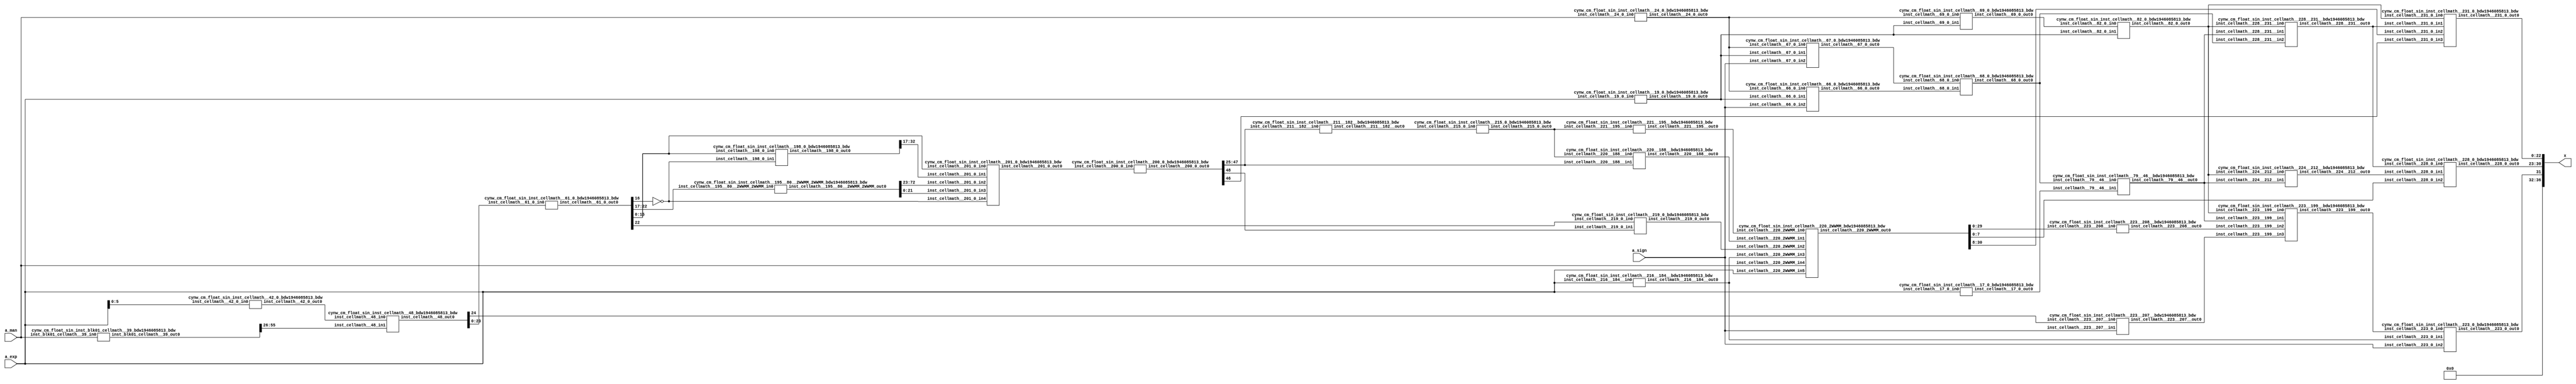
/*****************************************************************************
    Verilog Hierarchical RTL Description
    
    
    Created by: CellMath Designer 2019.1.01 
*******************************************************************************/

module DFT_compute_cynw_cm_float_sin_E8_M23_0 (
	a_sign,
	a_exp,
	a_man,
	x
	); /* architecture "behavioural" */ 
input  a_sign;
input [7:0] a_exp;
input [22:0] a_man;
output [36:0] x;
wire  inst_cellmath__17,
	inst_cellmath__19,
	inst_cellmath__24;
wire [8:0] inst_cellmath__42;
wire [22:0] inst_cellmath__61;
wire  inst_cellmath__66,
	inst_cellmath__67,
	inst_cellmath__68,
	inst_cellmath__69,
	inst_cellmath__82;
wire [0:0] inst_cellmath__115__W1;
wire [29:0] inst_cellmath__195;
wire [20:0] inst_cellmath__197;
wire [32:0] inst_cellmath__198;
wire [49:0] inst_cellmath__200,
	inst_cellmath__201;
wire [30:0] inst_cellmath__210;
wire [4:0] inst_cellmath__215;
wire  inst_cellmath__219,
	inst_cellmath__223;
wire [7:0] inst_cellmath__228;
wire [22:0] inst_cellmath__231;
wire [31:0] inst_cellmath__237;
wire [0:0] inst_cellmath__79__46;
wire [20:0] inst_cellmath__197__131;
wire [31:0] inst_cellmath__211__183;
wire [5:0] inst_cellmath__211__182;
wire [0:0] inst_cellmath__216__184;
wire [53:0] inst_cellmath__220__188;
wire [6:0] inst_cellmath__221__195;
wire [0:0] inst_cellmath__223__207,
	inst_cellmath__223__208,
	inst_cellmath__223__199,
	inst_cellmath__224__212,
	inst_cellmath__228__231;
wire [55:0] inst_blk01_cellmath__39_56_0_;
wire [1:0] inst_cellmath__216_0;
wire [30:0] inst_cellmath__220_22_0_,
	inst_cellmath__220_22_0__0,
	inst_cellmath__220_22_0__1;
wire [29:0] inst_cellmath__48_32_0_;
wire [1:0] inst_cellmath__231__242_0_0_0;
wire [72:0] inst_cellmath__195__80_0_0;
wire [23:0] inst_blk01_cellmath__39__12_10_0,
	inst_blk01_cellmath__39__12_10_1,
	inst_blk01_cellmath__39__12_10_2,
	inst_blk01_cellmath__39__12_10_3,
	inst_blk01_cellmath__39__12_10_4,
	inst_blk01_cellmath__39__12_10_5,
	inst_blk01_cellmath__39__12_10_6,
	inst_blk01_cellmath__39__12_10_7,
	inst_blk01_cellmath__39__12_10_8,
	inst_blk01_cellmath__39__12_10_9,
	inst_blk01_cellmath__39__12_10_10;
wire [16:0] inst_cellmath__113_0_0,
	inst_cellmath__113_0_1;
wire [1:0] inst_cellmath__116__W1_0_0_1_0,
	inst_cellmath__116__W1_0_0_1_1;

assign x[32] = 1'B0;

assign inst_blk01_cellmath__39__12_10_0 = {1'B1,a_man};

assign inst_blk01_cellmath__39__12_10_1 = {1'B1,a_man};

assign inst_blk01_cellmath__39__12_10_2 = {1'B1,a_man};

assign inst_blk01_cellmath__39__12_10_3 = {1'B1,a_man};

assign inst_blk01_cellmath__39__12_10_4 = {1'B1,a_man};

assign inst_blk01_cellmath__39__12_10_5 = {1'B1,a_man};

assign inst_blk01_cellmath__39__12_10_6 = {1'B1,a_man};

assign inst_blk01_cellmath__39__12_10_7 = {1'B1,a_man};

assign inst_blk01_cellmath__39__12_10_8 = {1'B1,a_man};

assign inst_blk01_cellmath__39__12_10_9 = {1'B1,a_man};

assign inst_blk01_cellmath__39__12_10_10 = {1'B1,a_man};
cynw_cm_float_sin_inst_blk01_cellmath__39_bdw1946085813_bdw inst_blk01_cellmath__39_0(
	.inst_blk01_cellmath__39_out0(inst_blk01_cellmath__39_56_0_),
	.inst_blk01_cellmath__39_in0(a_man)
	) ;
cynw_cm_float_sin_inst_cellmath__42_0_bdw1946085813_bdw inst_cellmath__42_0_0(
	.inst_cellmath__42_0_out0(inst_cellmath__42[5:0]),
	.inst_cellmath__42_0_in0(a_exp[5:0])
	) ;
cynw_cm_float_sin_inst_cellmath__48_bdw1946085813_bdw inst_cellmath__48_0(
	.inst_cellmath__48_out0(inst_cellmath__48_32_0_[24:0]),
	.inst_cellmath__48_in0(inst_cellmath__42[5:0]),
	.inst_cellmath__48_in1(inst_blk01_cellmath__39_56_0_[55:26])
	) ;
cynw_cm_float_sin_inst_cellmath__61_0_bdw1946085813_bdw inst_cellmath__61_0_0(
	.inst_cellmath__61_0_out0(inst_cellmath__61),
	.inst_cellmath__61_0_in0(inst_cellmath__48_32_0_[23:0])
	) ;

assign inst_cellmath__115__W1 = ~inst_cellmath__61[16];

assign inst_cellmath__116__W1_0_0_1_0 = {inst_cellmath__115__W1,inst_cellmath__61[15]};

assign inst_cellmath__116__W1_0_0_1_1 = {inst_cellmath__115__W1,inst_cellmath__61[15]};

assign inst_cellmath__113_0_0 = {inst_cellmath__116__W1_0_0_1_1,inst_cellmath__61[14:0]};

assign inst_cellmath__113_0_1 = {inst_cellmath__116__W1_0_0_1_0,inst_cellmath__61[14:0]};
cynw_cm_float_sin_inst_cellmath__195__80__2WWMM_2WWMM_bdw1946085813_bdw inst_cellmath__195__80__2WWMM_2WWMM_0(
	.inst_cellmath__195__80__2WWMM_2WWMM_out0(inst_cellmath__195__80_0_0),
	.inst_cellmath__195__80__2WWMM_2WWMM_in0(inst_cellmath__61[22:17])
	) ;

assign inst_cellmath__195[29:4] = inst_cellmath__195__80_0_0[72:47];

assign inst_cellmath__195[3:0] = inst_cellmath__195__80_0_0[46:43];

assign inst_cellmath__197__131[20] = 1'B1;

assign inst_cellmath__197[2:0] = inst_cellmath__195__80_0_0[25:23];

assign inst_cellmath__197__131[19:0] = inst_cellmath__195__80_0_0[42:23];

assign inst_cellmath__197[20:18] = inst_cellmath__197__131[20:18];

assign inst_cellmath__197[17:3] = inst_cellmath__195__80_0_0[40:26];
cynw_cm_float_sin_inst_cellmath__198_0_bdw1946085813_bdw inst_cellmath__198_0_0(
	.inst_cellmath__198_0_out0(inst_cellmath__198),
	.inst_cellmath__198_0_in0(inst_cellmath__61[15:0]),
	.inst_cellmath__198_0_in1(inst_cellmath__115__W1)
	) ;
cynw_cm_float_sin_inst_cellmath__201_0_bdw1946085813_bdw inst_cellmath__201_0_0(
	.inst_cellmath__201_0_out0(inst_cellmath__201),
	.inst_cellmath__201_0_in0(inst_cellmath__61[15:0]),
	.inst_cellmath__201_0_in1(inst_cellmath__198[32:17]),
	.inst_cellmath__201_0_in2(inst_cellmath__195__80_0_0[72:23]),
	.inst_cellmath__201_0_in3(inst_cellmath__195__80_0_0[21:0]),
	.inst_cellmath__201_0_in4(inst_cellmath__115__W1)
	) ;
cynw_cm_float_sin_inst_cellmath__200_0_bdw1946085813_bdw inst_cellmath__200_0_0(
	.inst_cellmath__200_0_out0(inst_cellmath__200[48:0]),
	.inst_cellmath__200_0_in0(inst_cellmath__201)
	) ;

assign inst_cellmath__210 = {{8{1'B0}}, inst_cellmath__200[47:25]};
cynw_cm_float_sin_inst_cellmath__19_0_bdw1946085813_bdw inst_cellmath__19_0_0(
	.inst_cellmath__19_0_out0(inst_cellmath__19),
	.inst_cellmath__19_0_in0(a_exp)
	) ;
cynw_cm_float_sin_inst_cellmath__24_0_bdw1946085813_bdw inst_cellmath__24_0_0(
	.inst_cellmath__24_0_out0(inst_cellmath__24),
	.inst_cellmath__24_0_in0(a_man)
	) ;
cynw_cm_float_sin_inst_cellmath__66_0_bdw1946085813_bdw inst_cellmath__66_0_0(
	.inst_cellmath__66_0_out0(inst_cellmath__66),
	.inst_cellmath__66_0_in0(inst_cellmath__24),
	.inst_cellmath__66_0_in1(inst_cellmath__19),
	.inst_cellmath__66_0_in2(a_sign)
	) ;
cynw_cm_float_sin_inst_cellmath__67_0_bdw1946085813_bdw inst_cellmath__67_0_0(
	.inst_cellmath__67_0_out0(inst_cellmath__67),
	.inst_cellmath__67_0_in0(inst_cellmath__24),
	.inst_cellmath__67_0_in1(inst_cellmath__19),
	.inst_cellmath__67_0_in2(a_sign)
	) ;
cynw_cm_float_sin_inst_cellmath__68_0_bdw1946085813_bdw inst_cellmath__68_0_0(
	.inst_cellmath__68_0_out0(inst_cellmath__68),
	.inst_cellmath__68_0_in0(inst_cellmath__67),
	.inst_cellmath__68_0_in1(inst_cellmath__66)
	) ;
cynw_cm_float_sin_inst_cellmath__69_0_bdw1946085813_bdw inst_cellmath__69_0_0(
	.inst_cellmath__69_0_out0(inst_cellmath__69),
	.inst_cellmath__69_0_in0(inst_cellmath__24),
	.inst_cellmath__69_0_in1(inst_cellmath__19)
	) ;
cynw_cm_float_sin_inst_cellmath__82_0_bdw1946085813_bdw inst_cellmath__82_0_0(
	.inst_cellmath__82_0_out0(inst_cellmath__82),
	.inst_cellmath__82_0_in0(inst_cellmath__69),
	.inst_cellmath__82_0_in1(inst_cellmath__19)
	) ;
cynw_cm_float_sin_inst_cellmath__17_0_bdw1946085813_bdw inst_cellmath__17_0_0(
	.inst_cellmath__17_0_out0(inst_cellmath__17),
	.inst_cellmath__17_0_in0(a_exp)
	) ;
cynw_cm_float_sin_inst_cellmath__79__46__bdw1946085813_bdw inst_cellmath__79__46__0(
	.inst_cellmath__79__46__out0(inst_cellmath__79__46),
	.inst_cellmath__79__46__in0(inst_cellmath__68),
	.inst_cellmath__79__46__in1(inst_cellmath__17)
	) ;
cynw_cm_float_sin_inst_cellmath__228__231__bdw1946085813_bdw inst_cellmath__228__231__0(
	.inst_cellmath__228__231__out0(inst_cellmath__228__231),
	.inst_cellmath__228__231__in0(inst_cellmath__82),
	.inst_cellmath__228__231__in1(inst_cellmath__79__46),
	.inst_cellmath__228__231__in2(inst_cellmath__68)
	) ;

assign inst_cellmath__231__242_0_0_0 = {inst_cellmath__228__231,inst_cellmath__200[46]};
cynw_cm_float_sin_inst_cellmath__216__184__bdw1946085813_bdw inst_cellmath__216__184__0(
	.inst_cellmath__216__184__out0(inst_cellmath__216__184),
	.inst_cellmath__216__184__in0(a_exp)
	) ;
cynw_cm_float_sin_inst_cellmath__219_0_bdw1946085813_bdw inst_cellmath__219_0_0(
	.inst_cellmath__219_0_out0(inst_cellmath__219),
	.inst_cellmath__219_0_in0(inst_cellmath__61[22]),
	.inst_cellmath__219_0_in1(inst_cellmath__200[48])
	) ;

assign inst_cellmath__216_0 = {inst_cellmath__216__184,inst_cellmath__219};

assign inst_cellmath__211__183 = {inst_cellmath__210,1'B1};
cynw_cm_float_sin_inst_cellmath__211__182__bdw1946085813_bdw inst_cellmath__211__182__0(
	.inst_cellmath__211__182__out0(inst_cellmath__211__182[4:0]),
	.inst_cellmath__211__182__in0(inst_cellmath__200[47:25])
	) ;
cynw_cm_float_sin_inst_cellmath__215_0_bdw1946085813_bdw inst_cellmath__215_0_0(
	.inst_cellmath__215_0_out0(inst_cellmath__215),
	.inst_cellmath__215_0_in0(inst_cellmath__211__182[4:0])
	) ;
cynw_cm_float_sin_inst_cellmath__220__188__bdw1946085813_bdw inst_cellmath__220__188__0(
	.inst_cellmath__220__188__out0(inst_cellmath__220__188[22:0]),
	.inst_cellmath__220__188__in0(inst_cellmath__215),
	.inst_cellmath__220__188__in1(inst_cellmath__200[47:25])
	) ;
cynw_cm_float_sin_inst_cellmath__221__195__bdw1946085813_bdw inst_cellmath__221__195__0(
	.inst_cellmath__221__195__out0(inst_cellmath__221__195),
	.inst_cellmath__221__195__in0(inst_cellmath__215)
	) ;

assign inst_cellmath__220_22_0__0 = {inst_cellmath__220__188[22:0],1'B0,inst_cellmath__221__195};

assign inst_cellmath__220_22_0__1 = {a_man,a_exp};
cynw_cm_float_sin_inst_cellmath__220_2WWMM_bdw1946085813_bdw inst_cellmath__220_2WWMM_0(
	.inst_cellmath__220_2WWMM_out0(inst_cellmath__220_22_0_),
	.inst_cellmath__220_2WWMM_in0(inst_cellmath__221__195),
	.inst_cellmath__220_2WWMM_in1(inst_cellmath__220__188[22:0]),
	.inst_cellmath__220_2WWMM_in2(inst_cellmath__219),
	.inst_cellmath__220_2WWMM_in3(inst_cellmath__216__184),
	.inst_cellmath__220_2WWMM_in4(a_man),
	.inst_cellmath__220_2WWMM_in5(a_exp)
	) ;
cynw_cm_float_sin_inst_cellmath__223__208__bdw1946085813_bdw inst_cellmath__223__208__0(
	.inst_cellmath__223__208__out0(inst_cellmath__223__208),
	.inst_cellmath__223__208__in0(inst_cellmath__220_22_0_[29:0])
	) ;
cynw_cm_float_sin_inst_cellmath__223__207__bdw1946085813_bdw inst_cellmath__223__207__0(
	.inst_cellmath__223__207__out0(inst_cellmath__223__207),
	.inst_cellmath__223__207__in0(inst_cellmath__48_32_0_[24]),
	.inst_cellmath__223__207__in1(a_sign)
	) ;
cynw_cm_float_sin_inst_cellmath__223__199__bdw1946085813_bdw inst_cellmath__223__199__0(
	.inst_cellmath__223__199__out0(inst_cellmath__223__199),
	.inst_cellmath__223__199__in0(inst_cellmath__82),
	.inst_cellmath__223__199__in1(inst_cellmath__79__46),
	.inst_cellmath__223__199__in2(inst_cellmath__223__208),
	.inst_cellmath__223__199__in3(inst_cellmath__223__207)
	) ;
cynw_cm_float_sin_inst_cellmath__223_0_bdw1946085813_bdw inst_cellmath__223_0_0(
	.inst_cellmath__223_0_out0(inst_cellmath__223),
	.inst_cellmath__223_0_in0(inst_cellmath__223__199),
	.inst_cellmath__223_0_in1(inst_cellmath__216__184),
	.inst_cellmath__223_0_in2(a_sign)
	) ;
cynw_cm_float_sin_inst_cellmath__224__212__bdw1946085813_bdw inst_cellmath__224__212__0(
	.inst_cellmath__224__212__out0(inst_cellmath__224__212),
	.inst_cellmath__224__212__in0(inst_cellmath__82),
	.inst_cellmath__224__212__in1(inst_cellmath__79__46)
	) ;
cynw_cm_float_sin_inst_cellmath__228_0_bdw1946085813_bdw inst_cellmath__228_0_0(
	.inst_cellmath__228_0_out0(inst_cellmath__228),
	.inst_cellmath__228_0_in0(inst_cellmath__228__231),
	.inst_cellmath__228_0_in1(inst_cellmath__224__212),
	.inst_cellmath__228_0_in2(inst_cellmath__220_22_0_[7:0])
	) ;
cynw_cm_float_sin_inst_cellmath__231_0_bdw1946085813_bdw inst_cellmath__231_0_0(
	.inst_cellmath__231_0_out0(inst_cellmath__231),
	.inst_cellmath__231_0_in0(inst_cellmath__82),
	.inst_cellmath__231_0_in1(inst_cellmath__228__231),
	.inst_cellmath__231_0_in2(inst_cellmath__220_22_0_[30:8]),
	.inst_cellmath__231_0_in3(inst_cellmath__200[46])
	) ;

assign inst_cellmath__237 = {inst_cellmath__223,inst_cellmath__228,inst_cellmath__231};

assign x[31:0] = inst_cellmath__237;

assign x[36:33] = 4'B0000;
endmodule

module cynw_cm_float_sin_inst_blk01_cellmath__39_bdw1946085813_bdw (
	inst_blk01_cellmath__39_out0,
	inst_blk01_cellmath__39_in0
	); /* architecture "behavioural" */ 
output [55:0] inst_blk01_cellmath__39_out0;
input [22:0] inst_blk01_cellmath__39_in0;
wire [23:0] inst_blk01_cellmath__39__12_10_9,
	inst_blk01_cellmath__39__12_10_8,
	inst_blk01_cellmath__39__12_10_7,
	inst_blk01_cellmath__39__12_10_6,
	inst_blk01_cellmath__39__12_10_5,
	inst_blk01_cellmath__39__12_10_4,
	inst_blk01_cellmath__39__12_10_3,
	inst_blk01_cellmath__39__12_10_2,
	inst_blk01_cellmath__39__12_10_1,
	inst_blk01_cellmath__39__12_10_0,
	inst_blk01_cellmath__39__12_10_10;

assign inst_blk01_cellmath__39__12_10_9 = {1'B1,inst_blk01_cellmath__39_in0};

assign inst_blk01_cellmath__39__12_10_8 = {1'B1,inst_blk01_cellmath__39_in0};

assign inst_blk01_cellmath__39__12_10_7 = {1'B1,inst_blk01_cellmath__39_in0};

assign inst_blk01_cellmath__39__12_10_6 = {1'B1,inst_blk01_cellmath__39_in0};

assign inst_blk01_cellmath__39__12_10_5 = {1'B1,inst_blk01_cellmath__39_in0};

assign inst_blk01_cellmath__39__12_10_4 = {1'B1,inst_blk01_cellmath__39_in0};

assign inst_blk01_cellmath__39__12_10_3 = {1'B1,inst_blk01_cellmath__39_in0};

assign inst_blk01_cellmath__39__12_10_2 = {1'B1,inst_blk01_cellmath__39_in0};

assign inst_blk01_cellmath__39__12_10_1 = {1'B1,inst_blk01_cellmath__39_in0};

assign inst_blk01_cellmath__39__12_10_0 = {1'B1,inst_blk01_cellmath__39_in0};

assign inst_blk01_cellmath__39__12_10_10 = {1'B1,inst_blk01_cellmath__39_in0};

assign inst_blk01_cellmath__39_out0 = 
	-((inst_blk01_cellmath__39__12_10_9<<1))
	-((inst_blk01_cellmath__39__12_10_8<<4))
	-((inst_blk01_cellmath__39__12_10_7<<7))
	+((inst_blk01_cellmath__39__12_10_6<<10))
	-((inst_blk01_cellmath__39__12_10_5<<15))
	+((inst_blk01_cellmath__39__12_10_4<<17))
	-((inst_blk01_cellmath__39__12_10_3<<19))
	-((inst_blk01_cellmath__39__12_10_2<<24))
	+((inst_blk01_cellmath__39__12_10_1<<26))
	+((inst_blk01_cellmath__39__12_10_0<<29))
	+((inst_blk01_cellmath__39__12_10_10<<31));
endmodule

module cynw_cm_float_sin_inst_cellmath__42_0_bdw1946085813_bdw (
	inst_cellmath__42_0_out0,
	inst_cellmath__42_0_in0
	); /* architecture "behavioural" */ 
output [5:0] inst_cellmath__42_0_out0;
input [5:0] inst_cellmath__42_0_in0;

assign inst_cellmath__42_0_out0 = 
	-(inst_cellmath__42_0_in0)
	+(6'B000101);
endmodule

module cynw_cm_float_sin_inst_cellmath__48_bdw1946085813_bdw (
	inst_cellmath__48_out0,
	inst_cellmath__48_in0,
	inst_cellmath__48_in1
	); /* architecture "behavioural" */ 
output [24:0] inst_cellmath__48_out0;
input [5:0] inst_cellmath__48_in0;
input [55:26] inst_cellmath__48_in1;

assign inst_cellmath__48_out0 = inst_cellmath__48_in1 >> inst_cellmath__48_in0;
endmodule

module cynw_cm_float_sin_inst_cellmath__61_0_bdw1946085813_bdw (
	inst_cellmath__61_0_out0,
	inst_cellmath__61_0_in0
	); /* architecture "behavioural" */ 
output [22:0] inst_cellmath__61_0_out0;
input [23:0] inst_cellmath__61_0_in0;

reg [22:0] inst_cellmath__61_0_out0_tmp_0;
assign inst_cellmath__61_0_out0 = inst_cellmath__61_0_out0_tmp_0;
always @ (inst_cellmath__61_0_in0[23] or inst_cellmath__61_0_in0[22:0]) begin
	case (inst_cellmath__61_0_in0[23])
		1'B0 : inst_cellmath__61_0_out0_tmp_0 = inst_cellmath__61_0_in0[22:0] ;
		default : inst_cellmath__61_0_out0_tmp_0 = ~inst_cellmath__61_0_in0[22:0] ;
	endcase
end
endmodule

module cynw_cm_float_sin_inst_cellmath__195__80__2WWMM_2WWMM_bdw1946085813_bdw (
	inst_cellmath__195__80__2WWMM_2WWMM_out0,
	inst_cellmath__195__80__2WWMM_2WWMM_in0
	); /* architecture "behavioural" */ 
output [72:0] inst_cellmath__195__80__2WWMM_2WWMM_out0;
input [22:17] inst_cellmath__195__80__2WWMM_2WWMM_in0;

reg [72:0] inst_cellmath__195__80__2WWMM_2WWMM_out0_tmp_0;
assign inst_cellmath__195__80__2WWMM_2WWMM_out0 = inst_cellmath__195__80__2WWMM_2WWMM_out0_tmp_0;
always @ (inst_cellmath__195__80__2WWMM_2WWMM_in0) begin
	case (inst_cellmath__195__80__2WWMM_2WWMM_in0)
		6'B000000 : inst_cellmath__195__80__2WWMM_2WWMM_out0_tmp_0 = 73'B0000001100100100001110100100001111111000010000000001100100100001011000001 ;
		6'B000001 : inst_cellmath__195__80__2WWMM_2WWMM_out0_tmp_0 = 73'B0000100101101100001100101011111111101000110000001001100100011101100000000 ;
		6'B000010 : inst_cellmath__195__80__2WWMM_2WWMM_out0_tmp_0 = 73'B0000111110110010101101110011111111011001010001001001100100010101110000001 ;
		6'B000011 : inst_cellmath__195__80__2WWMM_2WWMM_out0_tmp_0 = 73'B0001010111110110110100000000111111001001110011101001100100001010001000110 ;
		6'B000100 : inst_cellmath__195__80__2WWMM_2WWMM_out0_tmp_0 = 73'B0001110000110111100001011100101110111010011000010001100011111010101010001 ;
		6'B000101 : inst_cellmath__195__80__2WWMM_2WWMM_out0_tmp_0 = 73'B0010001001110011111000011001111110101010111111100001100011100111010101001 ;
		6'B000110 : inst_cellmath__195__80__2WWMM_2WWMM_out0_tmp_0 = 73'B0010100010101010111011010110011110011011101010000101100011010000001010010 ;
		6'B000111 : inst_cellmath__195__80__2WWMM_2WWMM_out0_tmp_0 = 73'B0010111011011011101100111011111110001100011000100001100010110101001010100 ;
		6'B001000 : inst_cellmath__195__80__2WWMM_2WWMM_out0_tmp_0 = 73'B0011010100000101010000000100111101111101001011011001100010010110010110111 ;
		6'B001001 : inst_cellmath__195__80__2WWMM_2WWMM_out0_tmp_0 = 73'B0011101100100110100111111100111101101110000011010101100001110011110000101 ;
		6'B001010 : inst_cellmath__195__80__2WWMM_2WWMM_out0_tmp_0 = 73'B0100000100111110111000000011101101011111000000111001100001001101011001001 ;
		6'B001011 : inst_cellmath__195__80__2WWMM_2WWMM_out0_tmp_0 = 73'B0100011101001101000100001111111101010000000100101001100000100011010001101 ;
		6'B001100 : inst_cellmath__195__80__2WWMM_2WWMM_out0_tmp_0 = 73'B0100110101010000010000110000111101000001001111001101011111110101011100000 ;
		6'B001101 : inst_cellmath__195__80__2WWMM_2WWMM_out0_tmp_0 = 73'B0101001101000111100010010000101100110010100001001001011111000011111010000 ;
		6'B001110 : inst_cellmath__195__80__2WWMM_2WWMM_out0_tmp_0 = 73'B0101100100110001111101110111011100100011111010111101011110001110101101011 ;
		6'B001111 : inst_cellmath__195__80__2WWMM_2WWMM_out0_tmp_0 = 73'B0101111100001110101001001100011100010101011101010001011101010101111000010 ;
		6'B010000 : inst_cellmath__195__80__2WWMM_2WWMM_out0_tmp_0 = 73'B0110010011011100101010011001001100000111001000100101011100011001011100111 ;
		6'B010001 : inst_cellmath__195__80__2WWMM_2WWMM_out0_tmp_0 = 73'B0110101010011011001000001010111011111000111101100001011011011001011101100 ;
		6'B010010 : inst_cellmath__195__80__2WWMM_2WWMM_out0_tmp_0 = 73'B0111000001001001001001110110001011101010111100101001011010010101111100100 ;
		6'B010011 : inst_cellmath__195__80__2WWMM_2WWMM_out0_tmp_0 = 73'B0111010111100101110111010111001011011101000110011001011001001110111100110 ;
		6'B010100 : inst_cellmath__195__80__2WWMM_2WWMM_out0_tmp_0 = 73'B0111101101110000011001010100111011001111011011011001011000000100100000111 ;
		6'B010101 : inst_cellmath__195__80__2WWMM_2WWMM_out0_tmp_0 = 73'B1000000011100111111001000011111011000001111100000101010110110110101011101 ;
		6'B010110 : inst_cellmath__195__80__2WWMM_2WWMM_out0_tmp_0 = 73'B1000011001001011100000100110111010110100101001000101010101100101100000000 ;
		6'B010111 : inst_cellmath__195__80__2WWMM_2WWMM_out0_tmp_0 = 73'B1000101110011010011010110010001010100111100010110101010100010001000001011 ;
		6'B011000 : inst_cellmath__195__80__2WWMM_2WWMM_out0_tmp_0 = 73'B1001000011010011110011001100101010011010101001111001010010111001010010110 ;
		6'B011001 : inst_cellmath__195__80__2WWMM_2WWMM_out0_tmp_0 = 73'B1001010111110110110110010011001010001101111110101101010001011110010111101 ;
		6'B011010 : inst_cellmath__195__80__2WWMM_2WWMM_out0_tmp_0 = 73'B1001101100000010110001011000101010000001100001110001010000000000010011100 ;
		6'B011011 : inst_cellmath__195__80__2WWMM_2WWMM_out0_tmp_0 = 73'B1001111111110110110010101001111001110101010011100101001110011111001001111 ;
		6'B011100 : inst_cellmath__195__80__2WWMM_2WWMM_out0_tmp_0 = 73'B1010010011010010001001001101111001101001010100100101001100111010111110110 ;
		6'B011101 : inst_cellmath__195__80__2WWMM_2WWMM_out0_tmp_0 = 73'B1010100110010100000101001001011001011101100101010101001011010011110101110 ;
		6'B011110 : inst_cellmath__195__80__2WWMM_2WWMM_out0_tmp_0 = 73'B1010111000111011110111011111011001010010000110001001001001101001110010111 ;
		6'B011111 : inst_cellmath__195__80__2WWMM_2WWMM_out0_tmp_0 = 73'B1011001011001000110010010011001001000110110111100101000111111100111010011 ;
		6'B100000 : inst_cellmath__195__80__2WWMM_2WWMM_out0_tmp_0 = 73'B1011011100111010001000101010101000111011111010000001000110001101010000011 ;
		6'B100001 : inst_cellmath__195__80__2WWMM_2WWMM_out0_tmp_0 = 73'B1011101110001111001110101111101000110001001101111001000100011010111001001 ;
		6'B100010 : inst_cellmath__195__80__2WWMM_2WWMM_out0_tmp_0 = 73'B1011111111000111011001110001111000100110110011100101000010100101111001000 ;
		6'B100011 : inst_cellmath__195__80__2WWMM_2WWMM_out0_tmp_0 = 73'B1100001111100010000000000111111000011100101011100001000000101110010100101 ;
		6'B100100 : inst_cellmath__195__80__2WWMM_2WWMM_out0_tmp_0 = 73'B1100011111011110011001010010001000010010110110000100111110110100010000101 ;
		6'B100101 : inst_cellmath__195__80__2WWMM_2WWMM_out0_tmp_0 = 73'B1100101110111011111101111010101000001001010011101000111100110111110001100 ;
		6'B100110 : inst_cellmath__195__80__2WWMM_2WWMM_out0_tmp_0 = 73'B1100111101111010000111110111101000000000000100101000111010111000111100010 ;
		6'B100111 : inst_cellmath__195__80__2WWMM_2WWMM_out0_tmp_0 = 73'B1101001100011000010010001101100111110111001001010100111000110111110101110 ;
		6'B101000 : inst_cellmath__195__80__2WWMM_2WWMM_out0_tmp_0 = 73'B1101011010010101111001001111000111101110100010000100110110110100100010111 ;
		6'B101001 : inst_cellmath__195__80__2WWMM_2WWMM_out0_tmp_0 = 73'B1101100111110010011010011111100111100110001111010000110100101111001000110 ;
		6'B101010 : inst_cellmath__195__80__2WWMM_2WWMM_out0_tmp_0 = 73'B1101110100101101010100110011100111011110010001001100110010100111101100100 ;
		6'B101011 : inst_cellmath__195__80__2WWMM_2WWMM_out0_tmp_0 = 73'B1110000001000110001000010011010111010110101000001000110000011110010011011 ;
		6'B101100 : inst_cellmath__195__80__2WWMM_2WWMM_out0_tmp_0 = 73'B1110001100111100010110011010010111001111010100011100101110010011000010101 ;
		6'B101101 : inst_cellmath__195__80__2WWMM_2WWMM_out0_tmp_0 = 73'B1110011000001111100001111010000111001000010110010100101100000101111111110 ;
		6'B101110 : inst_cellmath__195__80__2WWMM_2WWMM_out0_tmp_0 = 73'B1110100010111111001110111010000111000001101110001000101001110111010000000 ;
		6'B101111 : inst_cellmath__195__80__2WWMM_2WWMM_out0_tmp_0 = 73'B1110101101001011000010111010000110111011011100000100100111100110111001000 ;
		6'B110000 : inst_cellmath__195__80__2WWMM_2WWMM_out0_tmp_0 = 73'B1110110110110010100100110001000110110101100000011000100101010101000000010 ;
		6'B110001 : inst_cellmath__195__80__2WWMM_2WWMM_out0_tmp_0 = 73'B1110111111110101011100110001000110101111111011010100100011000001101011011 ;
		6'B110010 : inst_cellmath__195__80__2WWMM_2WWMM_out0_tmp_0 = 73'B1111001000010011010100100101100110101010101101000100100000101101000000001 ;
		6'B110011 : inst_cellmath__195__80__2WWMM_2WWMM_out0_tmp_0 = 73'B1111010000001011110111010101110110100101110101110100011110010111000100001 ;
		6'B110100 : inst_cellmath__195__80__2WWMM_2WWMM_out0_tmp_0 = 73'B1111010111011110110001100100100110100001010101110100011011111111111101010 ;
		6'B110101 : inst_cellmath__195__80__2WWMM_2WWMM_out0_tmp_0 = 73'B1111011110001011110001010010000110011101001101001100011001100111110001010 ;
		6'B110110 : inst_cellmath__195__80__2WWMM_2WWMM_out0_tmp_0 = 73'B1111100100010010100101111011110110011001011100000100010111001110100110001 ;
		6'B110111 : inst_cellmath__195__80__2WWMM_2WWMM_out0_tmp_0 = 73'B1111101001110011000000011101100110010110000010101100010100110100100001101 ;
		6'B111000 : inst_cellmath__195__80__2WWMM_2WWMM_out0_tmp_0 = 73'B1111101110101100110011010001110110010011000001001000010010011001101001110 ;
		6'B111001 : inst_cellmath__195__80__2WWMM_2WWMM_out0_tmp_0 = 73'B1111110010111111110010010010100110010000010111100000001111111110000100100 ;
		6'B111010 : inst_cellmath__195__80__2WWMM_2WWMM_out0_tmp_0 = 73'B1111110110101011110010111000110110001110000101111100001101100001110111111 ;
		6'B111011 : inst_cellmath__195__80__2WWMM_2WWMM_out0_tmp_0 = 73'B1111111001110000101011111110110110001100001100100000001011000101001001111 ;
		6'B111100 : inst_cellmath__195__80__2WWMM_2WWMM_out0_tmp_0 = 73'B1111111100001110010101111110010110001010101011010000001000101000000000100 ;
		6'B111101 : inst_cellmath__195__80__2WWMM_2WWMM_out0_tmp_0 = 73'B1111111110000100101010110010110110001001100010010000000110001010100001111 ;
		6'B111110 : inst_cellmath__195__80__2WWMM_2WWMM_out0_tmp_0 = 73'B1111111111010011100101111000000110001000110001100100000011101100110100000 ;
		default : inst_cellmath__195__80__2WWMM_2WWMM_out0_tmp_0 = 73'B1111111111111011000100001011010110001000011001001100000001001110111101000 ;
	endcase
end
endmodule

module cynw_cm_float_sin_inst_cellmath__198_0_bdw1946085813_bdw (
	inst_cellmath__198_0_out0,
	inst_cellmath__198_0_in0,
	inst_cellmath__198_0_in1
	); /* architecture "behavioural" */ 
output [32:0] inst_cellmath__198_0_out0;
input [15:0] inst_cellmath__198_0_in0;
input [0:0] inst_cellmath__198_0_in1;
wire [16:0] inst_cellmath__113_0_0;
wire [1:0] inst_cellmath__116__W1_0_0_1_1;

assign inst_cellmath__116__W1_0_0_1_1 = {inst_cellmath__198_0_in1,inst_cellmath__198_0_in0[15]};

assign inst_cellmath__113_0_0 = {inst_cellmath__116__W1_0_0_1_1,inst_cellmath__198_0_in0[14:0]};

assign inst_cellmath__198_0_out0 = 
	+(
		 (({1{inst_cellmath__113_0_0[16]}}&{1'B1}) << 32)
		+(({3{inst_cellmath__113_0_0[15]}}&{inst_cellmath__113_0_0[16],1'B0,1'B1}) << 30)
		+(({5{inst_cellmath__113_0_0[14]}}&{{{1{inst_cellmath__113_0_0[16]}}, inst_cellmath__113_0_0[16:15]},1'B0,1'B1}) << 28)
		+(({7{inst_cellmath__113_0_0[13]}}&{{{2{inst_cellmath__113_0_0[16]}}, inst_cellmath__113_0_0[16:14]},1'B0,1'B1}) << 26)
		+(({9{inst_cellmath__113_0_0[12]}}&{{{3{inst_cellmath__113_0_0[16]}}, inst_cellmath__113_0_0[16:13]},1'B0,1'B1}) << 24)
		+(({11{inst_cellmath__113_0_0[11]}}&{{{4{inst_cellmath__113_0_0[16]}}, inst_cellmath__113_0_0[16:12]},1'B0,1'B1}) << 22)
		+(({13{inst_cellmath__113_0_0[10]}}&{{{5{inst_cellmath__113_0_0[16]}}, inst_cellmath__113_0_0[16:11]},1'B0,1'B1}) << 20)
		+(({15{inst_cellmath__113_0_0[9]}}&{{{6{inst_cellmath__113_0_0[16]}}, inst_cellmath__113_0_0[16:10]},1'B0,1'B1}) << 18)
		+(({17{inst_cellmath__113_0_0[8]}}&{{{7{inst_cellmath__113_0_0[16]}}, inst_cellmath__113_0_0[16:9]},1'B0,1'B1}) << 16)
		+(({19{inst_cellmath__113_0_0[7]}}&{{{8{inst_cellmath__113_0_0[16]}}, inst_cellmath__113_0_0[16:8]},1'B0,1'B1}) << 14)
		+(({21{inst_cellmath__113_0_0[6]}}&{{{9{inst_cellmath__113_0_0[16]}}, inst_cellmath__113_0_0[16:7]},1'B0,1'B1}) << 12)
		+(({23{inst_cellmath__113_0_0[5]}}&{{{10{inst_cellmath__113_0_0[16]}}, inst_cellmath__113_0_0[16:6]},1'B0,1'B1}) << 10)
		+(({25{inst_cellmath__113_0_0[4]}}&{{{11{inst_cellmath__113_0_0[16]}}, inst_cellmath__113_0_0[16:5]},1'B0,1'B1}) << 8)
		+(({27{inst_cellmath__113_0_0[3]}}&{{{12{inst_cellmath__113_0_0[16]}}, inst_cellmath__113_0_0[16:4]},1'B0,1'B1}) << 6)
		+(({29{inst_cellmath__113_0_0[2]}}&{{{13{inst_cellmath__113_0_0[16]}}, inst_cellmath__113_0_0[16:3]},1'B0,1'B1}) << 4)
		+(({31{inst_cellmath__113_0_0[1]}}&{{{14{inst_cellmath__113_0_0[16]}}, inst_cellmath__113_0_0[16:2]},1'B0,1'B1}) << 2)
		+(({33{inst_cellmath__113_0_0[0]}}&{{{15{inst_cellmath__113_0_0[16]}}, inst_cellmath__113_0_0[16:1]},1'B0,1'B1}) << 0)
	);
endmodule

module cynw_cm_float_sin_inst_cellmath__201_0_bdw1946085813_bdw (
	inst_cellmath__201_0_out0,
	inst_cellmath__201_0_in0,
	inst_cellmath__201_0_in1,
	inst_cellmath__201_0_in2,
	inst_cellmath__201_0_in3,
	inst_cellmath__201_0_in4
	); /* architecture "behavioural" */ 
output [49:0] inst_cellmath__201_0_out0;
input [15:0] inst_cellmath__201_0_in0;
input [32:17] inst_cellmath__201_0_in1;
input [72:23] inst_cellmath__201_0_in2;
input [21:0] inst_cellmath__201_0_in3;
input [0:0] inst_cellmath__201_0_in4;
wire [29:0] inst_cellmath__195;
wire [20:0] inst_cellmath__197;
wire [16:0] inst_cellmath__113_0_1;
wire [20:0] inst_cellmath__197__131;
wire [1:0] inst_cellmath__116__W1_0_0_1_0;

assign inst_cellmath__195[29:4] = inst_cellmath__201_0_in2[72:47];

assign inst_cellmath__195[3:0] = inst_cellmath__201_0_in2[46:43];

assign inst_cellmath__197[17:3] = inst_cellmath__201_0_in2[40:26];

assign inst_cellmath__197[2:0] = inst_cellmath__201_0_in2[25:23];

assign inst_cellmath__197__131[19:0] = inst_cellmath__201_0_in2[42:23];

assign inst_cellmath__197__131[20] = 1'B1;

assign inst_cellmath__197[20:18] = inst_cellmath__197__131[20:18];

assign inst_cellmath__116__W1_0_0_1_0 = {inst_cellmath__201_0_in4,inst_cellmath__201_0_in0[15]};

assign inst_cellmath__113_0_1 = {inst_cellmath__116__W1_0_0_1_0,inst_cellmath__201_0_in0[14:0]};

wire [49:0] inst_cellmath__201_0_out0_tmp_0;
wire [49:0] inst_cellmath__201_0_out0_tmp_1;
wire [49:0] inst_cellmath__201_0_out0_tmp_2;
assign inst_cellmath__201_0_out0_tmp_2 = 
	+((inst_cellmath__195<<18));
assign inst_cellmath__201_0_out0_tmp_1 = inst_cellmath__201_0_out0_tmp_2
	+({{29{inst_cellmath__197[20]}}, inst_cellmath__197} * inst_cellmath__201_0_in1);
assign inst_cellmath__201_0_out0_tmp_0 = inst_cellmath__201_0_out0_tmp_1
	+((inst_cellmath__201_0_in3 * {{33{inst_cellmath__113_0_1[16]}}, inst_cellmath__113_0_1})<<4);
assign inst_cellmath__201_0_out0 = inst_cellmath__201_0_out0_tmp_0
	+(50'B00000000000000000000000001000000000000000000000000);
endmodule

module cynw_cm_float_sin_inst_cellmath__200_0_bdw1946085813_bdw (
	inst_cellmath__200_0_out0,
	inst_cellmath__200_0_in0
	); /* architecture "behavioural" */ 
output [48:0] inst_cellmath__200_0_out0;
input [49:0] inst_cellmath__200_0_in0;

reg [48:0] inst_cellmath__200_0_out0_tmp_0;
assign inst_cellmath__200_0_out0 = inst_cellmath__200_0_out0_tmp_0;
always @ (inst_cellmath__200_0_in0[49] or inst_cellmath__200_0_in0[48:0]) begin
	case (inst_cellmath__200_0_in0[49])
		1'B0 : inst_cellmath__200_0_out0_tmp_0 = inst_cellmath__200_0_in0[48:0] ;
		default : inst_cellmath__200_0_out0_tmp_0 = {49{1'b0}} ;
	endcase
end
endmodule

module cynw_cm_float_sin_inst_cellmath__19_0_bdw1946085813_bdw (
	inst_cellmath__19_0_out0,
	inst_cellmath__19_0_in0
	); /* architecture "behavioural" */ 
output  inst_cellmath__19_0_out0;
input [7:0] inst_cellmath__19_0_in0;

assign inst_cellmath__19_0_out0 = 
	(inst_cellmath__19_0_in0[7])
	&(inst_cellmath__19_0_in0[0])
	&(inst_cellmath__19_0_in0[1])
	&(inst_cellmath__19_0_in0[2])
	&(inst_cellmath__19_0_in0[3])
	&(inst_cellmath__19_0_in0[4])
	&(inst_cellmath__19_0_in0[5])
	&(inst_cellmath__19_0_in0[6]);
endmodule

module cynw_cm_float_sin_inst_cellmath__24_0_bdw1946085813_bdw (
	inst_cellmath__24_0_out0,
	inst_cellmath__24_0_in0
	); /* architecture "behavioural" */ 
output  inst_cellmath__24_0_out0;
input [22:0] inst_cellmath__24_0_in0;

assign inst_cellmath__24_0_out0 = 
	((~inst_cellmath__24_0_in0[0]))
	&((~inst_cellmath__24_0_in0[1]))
	&((~inst_cellmath__24_0_in0[2]))
	&((~inst_cellmath__24_0_in0[3]))
	&((~inst_cellmath__24_0_in0[4]))
	&((~inst_cellmath__24_0_in0[5]))
	&((~inst_cellmath__24_0_in0[6]))
	&((~inst_cellmath__24_0_in0[7]))
	&((~inst_cellmath__24_0_in0[8]))
	&((~inst_cellmath__24_0_in0[9]))
	&((~inst_cellmath__24_0_in0[10]))
	&((~inst_cellmath__24_0_in0[11]))
	&((~inst_cellmath__24_0_in0[12]))
	&((~inst_cellmath__24_0_in0[13]))
	&((~inst_cellmath__24_0_in0[14]))
	&((~inst_cellmath__24_0_in0[15]))
	&((~inst_cellmath__24_0_in0[16]))
	&((~inst_cellmath__24_0_in0[17]))
	&((~inst_cellmath__24_0_in0[18]))
	&((~inst_cellmath__24_0_in0[19]))
	&((~inst_cellmath__24_0_in0[20]))
	&((~inst_cellmath__24_0_in0[21]))
	&((~inst_cellmath__24_0_in0[22]));
endmodule

module cynw_cm_float_sin_inst_cellmath__66_0_bdw1946085813_bdw (
	inst_cellmath__66_0_out0,
	inst_cellmath__66_0_in0,
	inst_cellmath__66_0_in1,
	inst_cellmath__66_0_in2
	); /* architecture "behavioural" */ 
output  inst_cellmath__66_0_out0;
input  inst_cellmath__66_0_in0,
	inst_cellmath__66_0_in1,
	inst_cellmath__66_0_in2;

assign inst_cellmath__66_0_out0 = 
	((~inst_cellmath__66_0_in2))
	&(inst_cellmath__66_0_in1)
	&(inst_cellmath__66_0_in0);
endmodule

module cynw_cm_float_sin_inst_cellmath__67_0_bdw1946085813_bdw (
	inst_cellmath__67_0_out0,
	inst_cellmath__67_0_in0,
	inst_cellmath__67_0_in1,
	inst_cellmath__67_0_in2
	); /* architecture "behavioural" */ 
output  inst_cellmath__67_0_out0;
input  inst_cellmath__67_0_in0,
	inst_cellmath__67_0_in1,
	inst_cellmath__67_0_in2;

assign inst_cellmath__67_0_out0 = 
	(inst_cellmath__67_0_in2)
	&(inst_cellmath__67_0_in1)
	&(inst_cellmath__67_0_in0);
endmodule

module cynw_cm_float_sin_inst_cellmath__68_0_bdw1946085813_bdw (
	inst_cellmath__68_0_out0,
	inst_cellmath__68_0_in0,
	inst_cellmath__68_0_in1
	); /* architecture "behavioural" */ 
output  inst_cellmath__68_0_out0;
input  inst_cellmath__68_0_in0,
	inst_cellmath__68_0_in1;

assign inst_cellmath__68_0_out0 = 
	(inst_cellmath__68_0_in1)
	|(inst_cellmath__68_0_in0);
endmodule

module cynw_cm_float_sin_inst_cellmath__69_0_bdw1946085813_bdw (
	inst_cellmath__69_0_out0,
	inst_cellmath__69_0_in0,
	inst_cellmath__69_0_in1
	); /* architecture "behavioural" */ 
output  inst_cellmath__69_0_out0;
input  inst_cellmath__69_0_in0,
	inst_cellmath__69_0_in1;

assign inst_cellmath__69_0_out0 = 
	(inst_cellmath__69_0_in1)
	&((~inst_cellmath__69_0_in0));
endmodule

module cynw_cm_float_sin_inst_cellmath__82_0_bdw1946085813_bdw (
	inst_cellmath__82_0_out0,
	inst_cellmath__82_0_in0,
	inst_cellmath__82_0_in1
	); /* architecture "behavioural" */ 
output  inst_cellmath__82_0_out0;
input  inst_cellmath__82_0_in0,
	inst_cellmath__82_0_in1;

assign inst_cellmath__82_0_out0 = 
	(inst_cellmath__82_0_in1)
	|(inst_cellmath__82_0_in0);
endmodule

module cynw_cm_float_sin_inst_cellmath__17_0_bdw1946085813_bdw (
	inst_cellmath__17_0_out0,
	inst_cellmath__17_0_in0
	); /* architecture "behavioural" */ 
output  inst_cellmath__17_0_out0;
input [7:0] inst_cellmath__17_0_in0;

assign inst_cellmath__17_0_out0 = 
	((~inst_cellmath__17_0_in0[7]))
	&((~inst_cellmath__17_0_in0[0]))
	&((~inst_cellmath__17_0_in0[1]))
	&((~inst_cellmath__17_0_in0[2]))
	&((~inst_cellmath__17_0_in0[3]))
	&((~inst_cellmath__17_0_in0[4]))
	&((~inst_cellmath__17_0_in0[5]))
	&((~inst_cellmath__17_0_in0[6]));
endmodule

module cynw_cm_float_sin_inst_cellmath__79__46__bdw1946085813_bdw (
	inst_cellmath__79__46__out0,
	inst_cellmath__79__46__in0,
	inst_cellmath__79__46__in1
	); /* architecture "behavioural" */ 
output [0:0] inst_cellmath__79__46__out0;
input  inst_cellmath__79__46__in0,
	inst_cellmath__79__46__in1;

assign inst_cellmath__79__46__out0 = 
	(inst_cellmath__79__46__in1)
	|(inst_cellmath__79__46__in0);
endmodule

module cynw_cm_float_sin_inst_cellmath__228__231__bdw1946085813_bdw (
	inst_cellmath__228__231__out0,
	inst_cellmath__228__231__in0,
	inst_cellmath__228__231__in1,
	inst_cellmath__228__231__in2
	); /* architecture "behavioural" */ 
output [0:0] inst_cellmath__228__231__out0;
input  inst_cellmath__228__231__in0;
input [0:0] inst_cellmath__228__231__in1;
input  inst_cellmath__228__231__in2;

assign inst_cellmath__228__231__out0 = 
	(inst_cellmath__228__231__in2)
	|(inst_cellmath__228__231__in0)
	|(inst_cellmath__228__231__in1);
endmodule

module cynw_cm_float_sin_inst_cellmath__216__184__bdw1946085813_bdw (
	inst_cellmath__216__184__out0,
	inst_cellmath__216__184__in0
	); /* architecture "behavioural" */ 
output [0:0] inst_cellmath__216__184__out0;
input [7:0] inst_cellmath__216__184__in0;

assign inst_cellmath__216__184__out0 = (12'B000001110111>=inst_cellmath__216__184__in0);
endmodule

module cynw_cm_float_sin_inst_cellmath__219_0_bdw1946085813_bdw (
	inst_cellmath__219_0_out0,
	inst_cellmath__219_0_in0,
	inst_cellmath__219_0_in1
	); /* architecture "behavioural" */ 
output  inst_cellmath__219_0_out0;
input [22:22] inst_cellmath__219_0_in0;
input [48:48] inst_cellmath__219_0_in1;

assign inst_cellmath__219_0_out0 = 
	(inst_cellmath__219_0_in1)
	&(inst_cellmath__219_0_in0);
endmodule

module cynw_cm_float_sin_inst_cellmath__211__182__bdw1946085813_bdw (
	inst_cellmath__211__182__out0,
	inst_cellmath__211__182__in0
	); /* architecture "behavioural" */ 
output [4:0] inst_cellmath__211__182__out0;
input [47:25] inst_cellmath__211__182__in0;
wire [31:0] inst_cellmath__211__183;
wire [30:0] inst_cellmath__210;

assign inst_cellmath__210 = {{8{1'B0}}, inst_cellmath__211__182__in0};

assign inst_cellmath__211__183 = {inst_cellmath__210,1'B1};

reg [4:0] inst_cellmath__211__182__out0_tmp_0;
assign inst_cellmath__211__182__out0 = inst_cellmath__211__182__out0_tmp_0;
always @ (inst_cellmath__211__183) begin
	casez (inst_cellmath__211__183)
		32'B01?????????????????????????????? : inst_cellmath__211__182__out0_tmp_0 = 5'B00001 ;
		32'B001????????????????????????????? : inst_cellmath__211__182__out0_tmp_0 = 5'B00010 ;
		32'B0001???????????????????????????? : inst_cellmath__211__182__out0_tmp_0 = 5'B00011 ;
		32'B00001??????????????????????????? : inst_cellmath__211__182__out0_tmp_0 = 5'B00100 ;
		32'B000001?????????????????????????? : inst_cellmath__211__182__out0_tmp_0 = 5'B00101 ;
		32'B0000001????????????????????????? : inst_cellmath__211__182__out0_tmp_0 = 5'B00110 ;
		32'B00000001???????????????????????? : inst_cellmath__211__182__out0_tmp_0 = 5'B00111 ;
		32'B000000001??????????????????????? : inst_cellmath__211__182__out0_tmp_0 = 5'B01000 ;
		32'B0000000001?????????????????????? : inst_cellmath__211__182__out0_tmp_0 = 5'B01001 ;
		32'B00000000001????????????????????? : inst_cellmath__211__182__out0_tmp_0 = 5'B01010 ;
		32'B000000000001???????????????????? : inst_cellmath__211__182__out0_tmp_0 = 5'B01011 ;
		32'B0000000000001??????????????????? : inst_cellmath__211__182__out0_tmp_0 = 5'B01100 ;
		32'B00000000000001?????????????????? : inst_cellmath__211__182__out0_tmp_0 = 5'B01101 ;
		32'B000000000000001????????????????? : inst_cellmath__211__182__out0_tmp_0 = 5'B01110 ;
		32'B0000000000000001???????????????? : inst_cellmath__211__182__out0_tmp_0 = 5'B01111 ;
		32'B00000000000000001??????????????? : inst_cellmath__211__182__out0_tmp_0 = 5'B10000 ;
		32'B000000000000000001?????????????? : inst_cellmath__211__182__out0_tmp_0 = 5'B10001 ;
		32'B0000000000000000001????????????? : inst_cellmath__211__182__out0_tmp_0 = 5'B10010 ;
		32'B00000000000000000001???????????? : inst_cellmath__211__182__out0_tmp_0 = 5'B10011 ;
		32'B000000000000000000001??????????? : inst_cellmath__211__182__out0_tmp_0 = 5'B10100 ;
		32'B0000000000000000000001?????????? : inst_cellmath__211__182__out0_tmp_0 = 5'B10101 ;
		32'B00000000000000000000001????????? : inst_cellmath__211__182__out0_tmp_0 = 5'B10110 ;
		32'B000000000000000000000001???????? : inst_cellmath__211__182__out0_tmp_0 = 5'B10111 ;
		32'B0000000000000000000000001??????? : inst_cellmath__211__182__out0_tmp_0 = 5'B11000 ;
		32'B00000000000000000000000001?????? : inst_cellmath__211__182__out0_tmp_0 = 5'B11001 ;
		32'B000000000000000000000000001????? : inst_cellmath__211__182__out0_tmp_0 = 5'B11010 ;
		32'B0000000000000000000000000001???? : inst_cellmath__211__182__out0_tmp_0 = 5'B11011 ;
		32'B00000000000000000000000000001??? : inst_cellmath__211__182__out0_tmp_0 = 5'B11100 ;
		32'B000000000000000000000000000001?? : inst_cellmath__211__182__out0_tmp_0 = 5'B11101 ;
		32'B0000000000000000000000000000001? : inst_cellmath__211__182__out0_tmp_0 = 5'B11110 ;
		32'B00000000000000000000000000000001 : inst_cellmath__211__182__out0_tmp_0 = 5'B11111 ;
		default : inst_cellmath__211__182__out0_tmp_0 = 5'B00000 ;
	endcase
end
endmodule

module cynw_cm_float_sin_inst_cellmath__215_0_bdw1946085813_bdw (
	inst_cellmath__215_0_out0,
	inst_cellmath__215_0_in0
	); /* architecture "behavioural" */ 
output [4:0] inst_cellmath__215_0_out0;
input [4:0] inst_cellmath__215_0_in0;

assign inst_cellmath__215_0_out0 = 
	+(inst_cellmath__215_0_in0)
	-(5'B00111);
endmodule

module cynw_cm_float_sin_inst_cellmath__220__188__bdw1946085813_bdw (
	inst_cellmath__220__188__out0,
	inst_cellmath__220__188__in0,
	inst_cellmath__220__188__in1
	); /* architecture "behavioural" */ 
output [22:0] inst_cellmath__220__188__out0;
input [4:0] inst_cellmath__220__188__in0;
input [47:25] inst_cellmath__220__188__in1;

assign inst_cellmath__220__188__out0 = inst_cellmath__220__188__in1 << inst_cellmath__220__188__in0;
endmodule

module cynw_cm_float_sin_inst_cellmath__221__195__bdw1946085813_bdw (
	inst_cellmath__221__195__out0,
	inst_cellmath__221__195__in0
	); /* architecture "behavioural" */ 
output [6:0] inst_cellmath__221__195__out0;
input [4:0] inst_cellmath__221__195__in0;

assign inst_cellmath__221__195__out0 = 
	-(inst_cellmath__221__195__in0)
	+(7'B1111111);
endmodule

module cynw_cm_float_sin_inst_cellmath__220_2WWMM_bdw1946085813_bdw (
	inst_cellmath__220_2WWMM_out0,
	inst_cellmath__220_2WWMM_in0,
	inst_cellmath__220_2WWMM_in1,
	inst_cellmath__220_2WWMM_in2,
	inst_cellmath__220_2WWMM_in3,
	inst_cellmath__220_2WWMM_in4,
	inst_cellmath__220_2WWMM_in5
	); /* architecture "behavioural" */ 
output [30:0] inst_cellmath__220_2WWMM_out0;
input [6:0] inst_cellmath__220_2WWMM_in0;
input [22:0] inst_cellmath__220_2WWMM_in1;
input  inst_cellmath__220_2WWMM_in2;
input [0:0] inst_cellmath__220_2WWMM_in3;
input [22:0] inst_cellmath__220_2WWMM_in4;
input [7:0] inst_cellmath__220_2WWMM_in5;
wire [1:0] inst_cellmath__216_0;
wire [30:0] inst_cellmath__220_22_0__0,
	inst_cellmath__220_22_0__1;

assign inst_cellmath__216_0 = {inst_cellmath__220_2WWMM_in3,inst_cellmath__220_2WWMM_in2};

assign inst_cellmath__220_22_0__0 = {inst_cellmath__220_2WWMM_in1,1'B0,inst_cellmath__220_2WWMM_in0};

assign inst_cellmath__220_22_0__1 = {inst_cellmath__220_2WWMM_in4,inst_cellmath__220_2WWMM_in5};

reg [30:0] inst_cellmath__220_2WWMM_out0_tmp_0;
assign inst_cellmath__220_2WWMM_out0 = inst_cellmath__220_2WWMM_out0_tmp_0;
always @ (inst_cellmath__216_0 or inst_cellmath__220_22_0__0 or inst_cellmath__220_22_0__1) begin
	casez (inst_cellmath__216_0)
		2'B00 : inst_cellmath__220_2WWMM_out0_tmp_0 = inst_cellmath__220_22_0__0 ;
		2'B1? : inst_cellmath__220_2WWMM_out0_tmp_0 = inst_cellmath__220_22_0__1 ;
		default : inst_cellmath__220_2WWMM_out0_tmp_0 = 31'B0000000000000000000000001111111 ;
	endcase
end
endmodule

module cynw_cm_float_sin_inst_cellmath__223__208__bdw1946085813_bdw (
	inst_cellmath__223__208__out0,
	inst_cellmath__223__208__in0
	); /* architecture "behavioural" */ 
output [0:0] inst_cellmath__223__208__out0;
input [29:0] inst_cellmath__223__208__in0;

assign inst_cellmath__223__208__out0 = 
	(inst_cellmath__223__208__in0[8])
	|(inst_cellmath__223__208__in0[9])
	|(inst_cellmath__223__208__in0[10])
	|(inst_cellmath__223__208__in0[11])
	|(inst_cellmath__223__208__in0[12])
	|(inst_cellmath__223__208__in0[13])
	|(inst_cellmath__223__208__in0[14])
	|(inst_cellmath__223__208__in0[15])
	|(inst_cellmath__223__208__in0[16])
	|(inst_cellmath__223__208__in0[17])
	|(inst_cellmath__223__208__in0[18])
	|(inst_cellmath__223__208__in0[19])
	|(inst_cellmath__223__208__in0[20])
	|(inst_cellmath__223__208__in0[21])
	|(inst_cellmath__223__208__in0[22])
	|(inst_cellmath__223__208__in0[23])
	|(inst_cellmath__223__208__in0[24])
	|(inst_cellmath__223__208__in0[25])
	|(inst_cellmath__223__208__in0[26])
	|(inst_cellmath__223__208__in0[27])
	|(inst_cellmath__223__208__in0[28])
	|(inst_cellmath__223__208__in0[29])
	|(inst_cellmath__223__208__in0[0])
	|(inst_cellmath__223__208__in0[1])
	|(inst_cellmath__223__208__in0[2])
	|(inst_cellmath__223__208__in0[3])
	|(inst_cellmath__223__208__in0[4])
	|(inst_cellmath__223__208__in0[5])
	|(inst_cellmath__223__208__in0[6])
	|(inst_cellmath__223__208__in0[7]);
endmodule

module cynw_cm_float_sin_inst_cellmath__223__207__bdw1946085813_bdw (
	inst_cellmath__223__207__out0,
	inst_cellmath__223__207__in0,
	inst_cellmath__223__207__in1
	); /* architecture "behavioural" */ 
output [0:0] inst_cellmath__223__207__out0;
input [24:24] inst_cellmath__223__207__in0;
input  inst_cellmath__223__207__in1;

assign inst_cellmath__223__207__out0 = 
	(inst_cellmath__223__207__in0)
	^(inst_cellmath__223__207__in1);
endmodule

module cynw_cm_float_sin_inst_cellmath__223__199__bdw1946085813_bdw (
	inst_cellmath__223__199__out0,
	inst_cellmath__223__199__in0,
	inst_cellmath__223__199__in1,
	inst_cellmath__223__199__in2,
	inst_cellmath__223__199__in3
	); /* architecture "behavioural" */ 
output [0:0] inst_cellmath__223__199__out0;
input  inst_cellmath__223__199__in0;
input [0:0] inst_cellmath__223__199__in1,
	inst_cellmath__223__199__in2,
	inst_cellmath__223__199__in3;

assign inst_cellmath__223__199__out0 = 
	((~inst_cellmath__223__199__in0))
	&((~inst_cellmath__223__199__in1))
	&(inst_cellmath__223__199__in2)
	&(inst_cellmath__223__199__in3);
endmodule

module cynw_cm_float_sin_inst_cellmath__223_0_bdw1946085813_bdw (
	inst_cellmath__223_0_out0,
	inst_cellmath__223_0_in0,
	inst_cellmath__223_0_in1,
	inst_cellmath__223_0_in2
	); /* architecture "behavioural" */ 
output  inst_cellmath__223_0_out0;
input [0:0] inst_cellmath__223_0_in0,
	inst_cellmath__223_0_in1;
input  inst_cellmath__223_0_in2;

reg [0:0] inst_cellmath__223_0_out0_tmp_0;
assign inst_cellmath__223_0_out0 = inst_cellmath__223_0_out0_tmp_0;
always @ (inst_cellmath__223_0_in1 or inst_cellmath__223_0_in0 or inst_cellmath__223_0_in2) begin
	case (inst_cellmath__223_0_in1)
		1'B0 : inst_cellmath__223_0_out0_tmp_0 = inst_cellmath__223_0_in0 ;
		default : inst_cellmath__223_0_out0_tmp_0 = inst_cellmath__223_0_in2 ;
	endcase
end
endmodule

module cynw_cm_float_sin_inst_cellmath__224__212__bdw1946085813_bdw (
	inst_cellmath__224__212__out0,
	inst_cellmath__224__212__in0,
	inst_cellmath__224__212__in1
	); /* architecture "behavioural" */ 
output [0:0] inst_cellmath__224__212__out0;
input  inst_cellmath__224__212__in0;
input [0:0] inst_cellmath__224__212__in1;

assign inst_cellmath__224__212__out0 = 
	(inst_cellmath__224__212__in0)
	|((~inst_cellmath__224__212__in1));
endmodule

module cynw_cm_float_sin_inst_cellmath__228_0_bdw1946085813_bdw (
	inst_cellmath__228_0_out0,
	inst_cellmath__228_0_in0,
	inst_cellmath__228_0_in1,
	inst_cellmath__228_0_in2
	); /* architecture "behavioural" */ 
output [7:0] inst_cellmath__228_0_out0;
input [0:0] inst_cellmath__228_0_in0,
	inst_cellmath__228_0_in1;
input [7:0] inst_cellmath__228_0_in2;

reg [7:0] inst_cellmath__228_0_out0_tmp_0;
assign inst_cellmath__228_0_out0 = inst_cellmath__228_0_out0_tmp_0;
always @ (inst_cellmath__228_0_in0 or inst_cellmath__228_0_in2 or inst_cellmath__228_0_in1) begin
	case (inst_cellmath__228_0_in0)
		1'B0 : inst_cellmath__228_0_out0_tmp_0 = inst_cellmath__228_0_in2 ;
		default : inst_cellmath__228_0_out0_tmp_0 = {{7{inst_cellmath__228_0_in1}}, inst_cellmath__228_0_in1} ;
	endcase
end
endmodule

module cynw_cm_float_sin_inst_cellmath__231_0_bdw1946085813_bdw (
	inst_cellmath__231_0_out0,
	inst_cellmath__231_0_in0,
	inst_cellmath__231_0_in1,
	inst_cellmath__231_0_in2,
	inst_cellmath__231_0_in3
	); /* architecture "behavioural" */ 
output [22:0] inst_cellmath__231_0_out0;
input  inst_cellmath__231_0_in0;
input [0:0] inst_cellmath__231_0_in1;
input [30:8] inst_cellmath__231_0_in2;
input [46:46] inst_cellmath__231_0_in3;
wire [1:0] inst_cellmath__231__242_0_0_0;

assign inst_cellmath__231__242_0_0_0 = {inst_cellmath__231_0_in1,inst_cellmath__231_0_in3};

reg [22:0] inst_cellmath__231_0_out0_tmp_0;
assign inst_cellmath__231_0_out0 = inst_cellmath__231_0_out0_tmp_0;
always @ (inst_cellmath__231__242_0_0_0 or inst_cellmath__231_0_in2 or inst_cellmath__231_0_in0) begin
	casez (inst_cellmath__231__242_0_0_0)
		2'B0? : inst_cellmath__231_0_out0_tmp_0 = inst_cellmath__231_0_in2 ;
		default : inst_cellmath__231_0_out0_tmp_0 = {{22{inst_cellmath__231_0_in0}}, inst_cellmath__231_0_in0} ;
	endcase
end
endmodule

/* CADENCE  vrP3TQ/Wrw== : u9/ySgnWtBlWxVPRXgAZ4Og= ** DO NOT EDIT THIS LINE **/